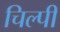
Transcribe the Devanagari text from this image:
चिल्पी